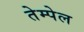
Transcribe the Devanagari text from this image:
तेम्पेल